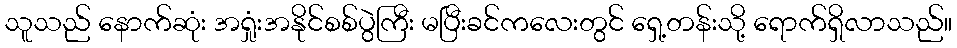
သူသည် နောက်ဆုံး အရှုံးအနိုင်စစ်ပွဲကြီး မပြီးခင်ကလေးတွင် ရှေ့တန်းသို့ ရောက်ရှိလာသည်။